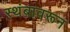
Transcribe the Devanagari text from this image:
स्थंबावरून